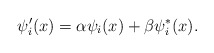
\begin{align*}\psi'_i(x)=\alpha \psi_i(x)+\beta \psi_i^*(x).\end{align*}